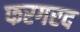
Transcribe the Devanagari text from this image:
फरगरद